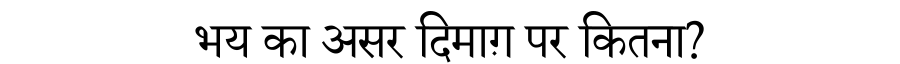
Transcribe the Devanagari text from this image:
भय का असर दिमाग़ पर कितना?